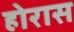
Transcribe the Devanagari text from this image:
होरास